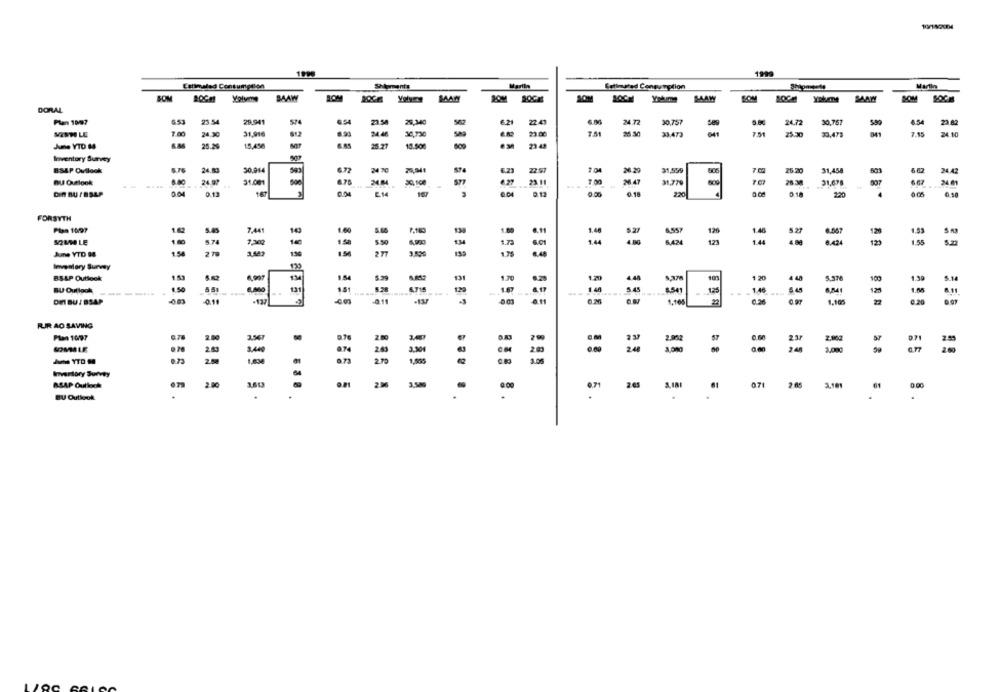
KPN2004
Estimated Consumption
Martin
Enfinuted Consumption
ROM
SOM
SOM
MAAW
SOM
DORAL
Plen 10/07
653
29.941
23.58
25.340
6.21
22.41
24 72
30,757
24.72
30,757
580
6.54
23.82
7.00
24.46
32,730
7.15
SENT LE
24.30
31,916
6.99
25 .30
33,473
7.51
25.30
33.473
24 .10
Ame YTD 14
25.29
15.4%
13.500
Inventory Survey
BSAP Outlook
24.83
30.914
24 70
6.23
22-97
31,559
905
25.20
31,458
603
24 42
24.07
BU Outlook
....
31.001
23.11
2 47
31.779
31,678
34 81
Din BULBSLP
00
0.13
1.67
E14
107
8.04
8.13
0.00
0.18
220
0.18
220
0.05
FORSYTH
Plan 1097
7,4
1.60
4.557
120
1.45
5.27
120
1.95
123
129
1.55
180
8.74
134
June YTD 88
2 70
277
159
Inventory Survey
139
1.53
4.48
101
BS-LP Outlook
5.39
1.20
1 20
5.370
1 30
5.14
BU Outlook
129
5.45
125
125
DI BU / BSAP
0.11
1,165
22
955 558
FUIR AO SAVING
Plan 10/97
2.00
.70
co
0.72
2.80
250
Inventory Survey
BSAP Outloch
.79
2.80
3.50
2.00
0.71
3,18
61
071
3,181
61
BU Outlook
.....